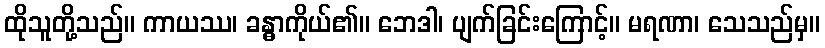
ထိုသူတို့သည်။ ကာယဿ၊ ခန္ဓာကိုယ်၏။ ဘေဒါ၊ ပျက်ခြင်းကြောင့်။ မရဏာ၊ သေသည်မှ။